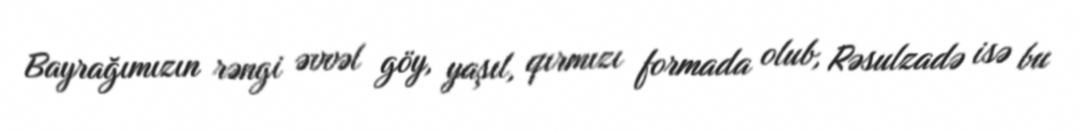
Bayrağımızın rəngi əvvəl göy, yaşıl, qırmızı formada olub, Rəsulzadə isə bu